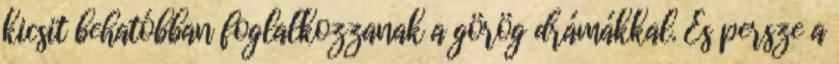
kicsit behatóbban foglalkozzanak a görög drámákkal. És persze a